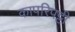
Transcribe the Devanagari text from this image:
कापरिपट्टी